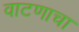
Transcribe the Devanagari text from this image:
वाटणाचा